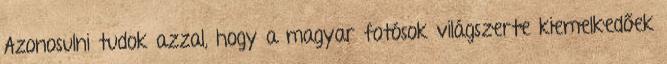
Azonosulni tudok azzal, hogy a magyar fotósok világszerte kiemelkedőek